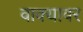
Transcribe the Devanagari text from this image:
वाक्यावर